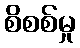
စိစစ်မှု